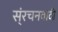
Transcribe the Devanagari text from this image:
स्ंरचनवादी